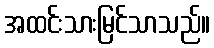
အထင်းသားမြင်သာသည်။